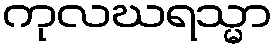
ကုလဃရသ္မာ